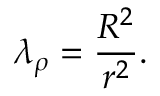
\lambda _ { \rho } = \frac { R ^ { 2 } } { r ^ { 2 } } .